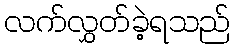
လက်လွှတ်ခဲ့ရသည်